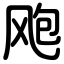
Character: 飑